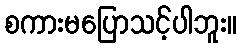
စကားမပြောသင့်ပါဘူး။